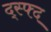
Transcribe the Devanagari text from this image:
द्स्फ्द